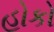
હોકો